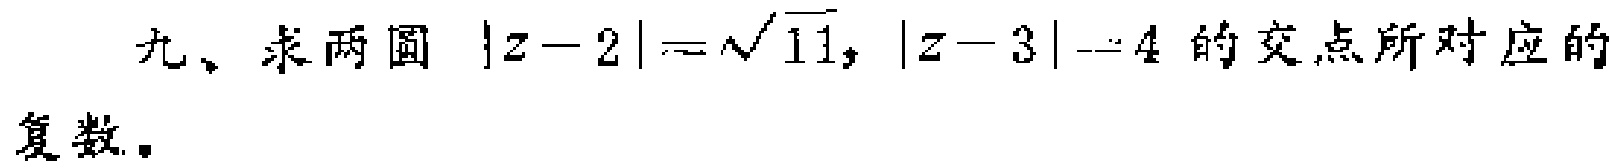
九、求两圆 \(|z - 2|=\sqrt{11}\)，\(|z - 3| = 4\) 的交点所对应的复数。